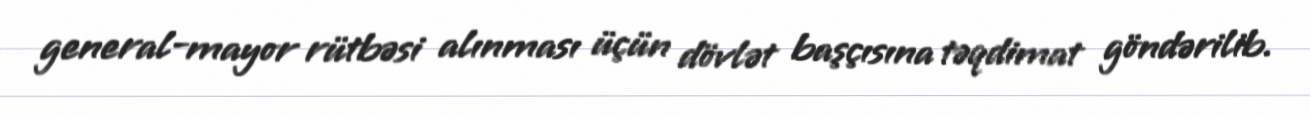
general-mayor rütbəsi alınması üçün dövlət başçısına təqdimat göndərilib.